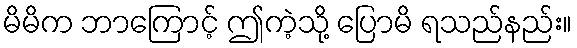
မိမိက ဘာကြောင့် ဤကဲ့သို့ ပြောမိ ရသည်နည်း။